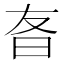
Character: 𬁡